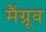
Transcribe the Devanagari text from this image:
मैंग्रूव